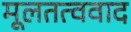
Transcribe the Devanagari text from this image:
मूलतत्ववाद